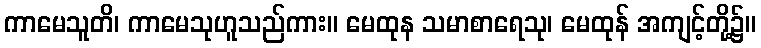
ကာမေသူတိ၊ ကာမေသုဟူသည်ကား။ မေထုန သမာစာရေသု၊ မေထုန် အကျင့်တို့၌။